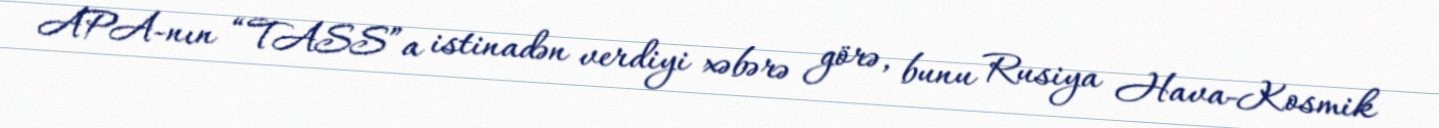
APA-nın “TASS”a istinadən verdiyi xəbərə görə, bunu Rusiya Hava-Kosmik